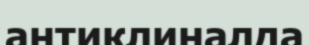
антиклиналда